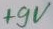
Text: +9V